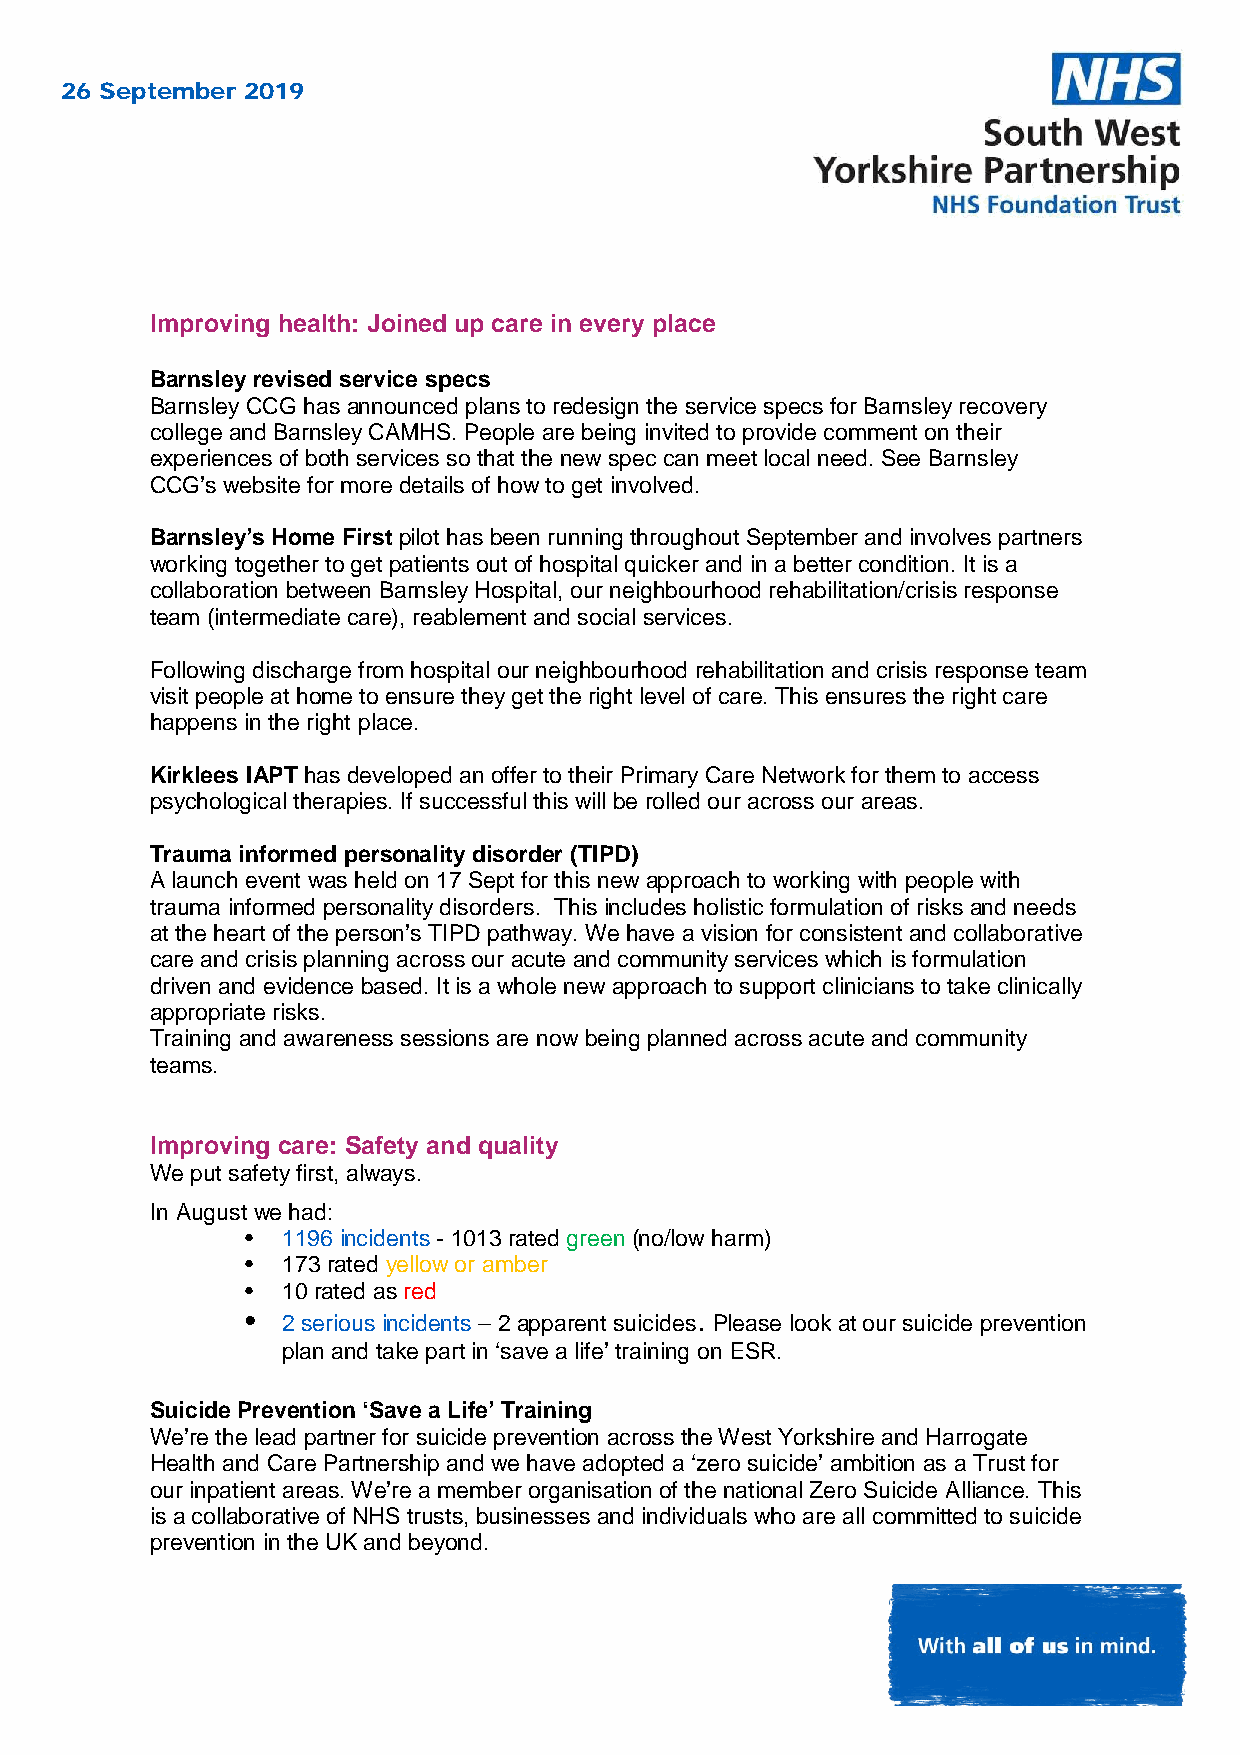
26 September 2019
 Improving health: Joined up care in every place
 Barnsley revised service specs
 Barnsley CCG has announced plans to redesign the service specs for Barnsley recovery
 college and Barnsley CAMHS. People are being invited to provide comment on their
 experiences of both services so that the new spec can meet local need. See Barnsley
 CCG’s website for more details of how to get involved.
 Barnsley’s Home First pilot has been running throughout September and involves partners
 working together to get patients out of hospital quicker and in a better condition. It is a
 collaboration between Barnsley Hospital, our neighbourhood rehabilitation/crisis response
 team (intermediate care), reablement and social services.
 Following discharge from hospital our neighbourhood rehabilitation and crisis response team
 visit people at home to ensure they get the right level of care. This ensures the right care
 happens in the right place.
 Kirklees IAPT has developed an offer to their Primary Care Network for them to access
 psychological therapies. If successful this will be rolled our across our areas.
 Trauma informed personality disorder (TIPD)
 A launch event was held on 17 Sept for this new approach to working with people with
 trauma informed personality disorders. This includes holistic formulation of risks and needs
 at the heart of the person’s TIPD pathway. We have a vision for consistent and collaborative
 care and crisis planning across our acute and community services which is formulation
 driven and evidence based. It is a whole new approach to support clinicians to take clinically
 appropriate risks.
 Training and awareness sessions are now being planned across acute and community
 teams.
 Improving care: Safety and quality
 We put safety first, always.
 In August we had:
 •  1196 incidents - 1013 rated green (no/low harm)
 •  173 rated yellow or amber
 •  10 rated as red
 •  2 serious incidents – 2 apparent suicides. Please look at our suicide prevention
 plan and take part in ‘save a life’ training on ESR.
 Suicide Prevention ‘Save a Life’ Training
 We’re the lead partner for suicide prevention across the West Yorkshire and Harrogate
 Health and Care Partnership and we have adopted a ‘zero suicide’ ambition as a Trust for
 our inpatient areas. We’re a member organisation of the national Zero Suicide Alliance. This
 is a collaborative of NHS trusts, businesses and individuals who are all committed to suicide
 prevention in the UK and beyond.